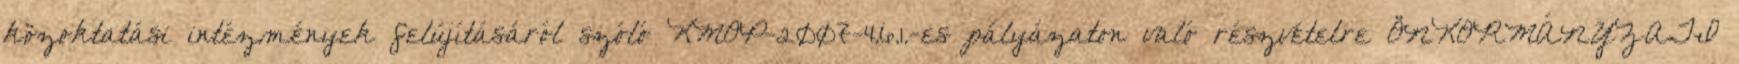
közoktatási intézmények felújításáról szóló KMOP-2007-4.6.1.-es pályázaton való részvételre ÖNKORMÁNYZATI